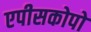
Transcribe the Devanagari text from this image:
एपीसकोपो